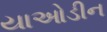
યાઓડીન